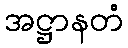
အဋ္ဌာနတံ